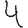
Digit: 4